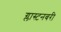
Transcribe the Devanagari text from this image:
ग्लास्टनबरी